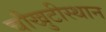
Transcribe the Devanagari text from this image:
चौखुटीस्थान